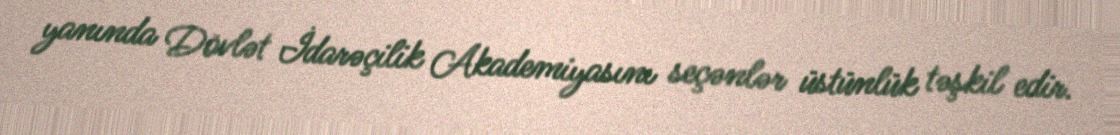
yanında Dövlət İdarəçilik Akademiyasını seçənlər üstünlük təşkil edir.